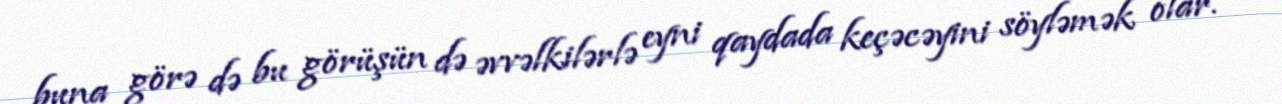
buna görə də bu görüşün də əvvəlkilərlə eyni qaydada keçəcəyini söyləmək olar.